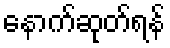
နောက်ဆုတ်ရန်